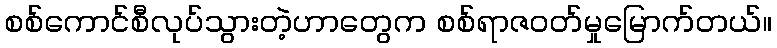
စစ်ကောင်စီလုပ်သွားတဲ့ဟာတွေက စစ်ရာဇဝတ်မှုမြောက်တယ်။